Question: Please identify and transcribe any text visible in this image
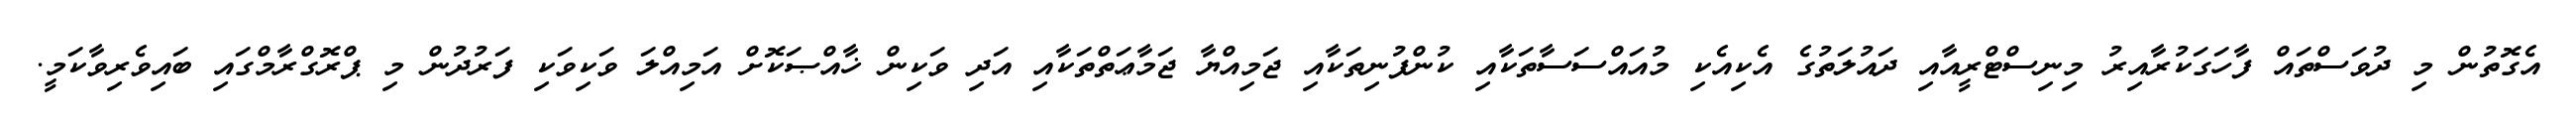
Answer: އެގޮތުން މި ދުވަސްތައް ފާހަގަކުރާއިރު މިނިސްޓްރީއާއި ދައުލަތުގެ އެކިއެކި މުއައްސަސާތަކާއި ކުންފުނިތަކާއި ޖަމިއްޔާ ޖަމާޢަތްތަކާއި އަދި ވަކިން ޚާއްޞަކޮށް އަމިއްލަ ވަކިވަކި ފަރުދުން މި ޕްރޮގްރާމްގައި ބައިވެރިވާކަމީ.